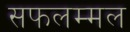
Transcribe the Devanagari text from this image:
सफलम्मल